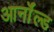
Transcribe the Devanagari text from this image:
आर्नाॅल्ड